Indian Medical Review
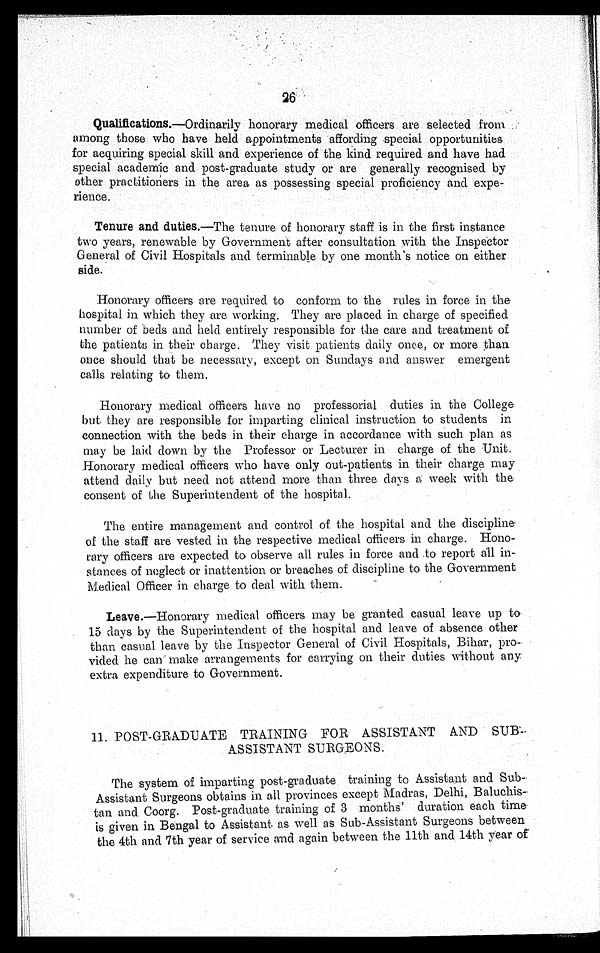
26
Qualifications. —Ordinarily honorary medical officers are selected from
among those who have held appointments affording special opportunities
for acquiring special skill and experience of the kind required and have had
special academic and post-graduate study or are generally recognised by
other practitioners in the area as possessing special proficiency and expe
-rience.
Tenure and duties. —The tenure of honorary staff is in the first instance
two years, renewable by Government after consultation with the Inspector
General of Civil Hospitals and terminable by one month's notice on either
side.
Honorary officers are required to conform to the rules in force in the
hospital in which they are working. They are placed in charge of specified
number of beds and held entirely responsible for the care and treatment of
the patients in their charge. They visit patients daily once, or more than
once should that be necessary, except on Sundays and answer emergent
calls relating to them.
Honorary medical officers have no professorial duties in the College
but they are responsible for imparting clinical instruction to students in
connection with the beds in their charge in accordance with such plan as
may be laid down by the Professor or Lecturer in charge of the Unit.
Honorary medical officers who have only out-patients in their charge may
attend daily but need not attend more than three days a week with the
consent of the Superintendent of the hospital.
The entire management and control of the hospital and the discipline
of the staff are vested in the respective medical officers in charge. Hono
-rary officers are expected to observe all rules in force and to report all in
- s t a n c e s o f n e g l e c t o r i n a t t e n t i o n o r b r e a c h e s o f d i s c i p l i n e t o t h e G o v e r n m e n t
Medical Officer in charge to deal with them.
Leave.—Honorary medical officers may be granted casual leave up to
15 days by the Superintendent of the hospital and leave of absence other
than casual leave by the Inspector General of Civil Hospitals, Bihar, pro
-vided he can make arrangements for carrying on their duties without any
extra expenditure to Government.
11. POST-GRADUATE TRAINING FOR ASSISTANT AND SUB
-ASSISTANT SURGEONS.
The system of imparting post-graduate training to Assistant and Sub
-Assistant Surgeons obtains in all provinces except Madras, Delhi, Baluchis
- t a n a n d C o o r g . P o s t - g r a d u a t e t r a i n i n g o f 3 m o n t h s ' d u r a t i o n e a c h t i m e
is given in Bengal to Assistant as well as Sub-Assistant Surgeons between
the 4th and 7th year of service and again between the 11th and 14th year of